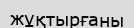
жұқтырғаны